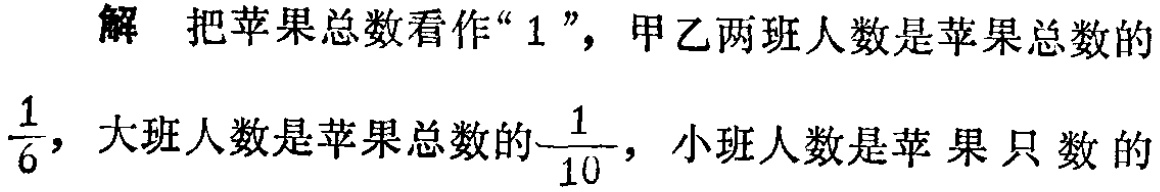
解 把苹果总数看作“$1$”，甲乙两班人数是苹果总数的$\frac{1}{6}$，大班人数是苹果总数的$\frac{1}{10}$，小班人数是苹 果 只 数 的